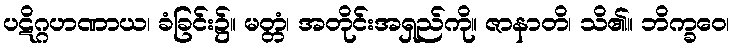
ပဋိဂ္ဂဟဏာယ၊ ခံခြင်း၌။ မတ္တံ၊ အတိုင်းအရှည်ကို။ ဇာနာတိ၊ သိ၏။ ဘိက္ခဝေ၊